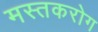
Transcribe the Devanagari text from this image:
मस्तकरोग